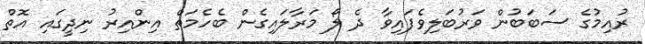
ރުއިމުގެ ސަބަބުން ވަރުބަލިވެފައިވާ ދެ ލޯ މަރާލައިގެން ބެހެމަތް އިންއިރު ނިދީގައި އޮތް